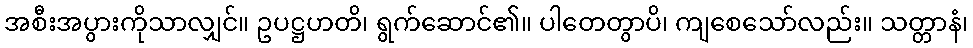
အစီးအပွားကိုသာလျှင်။ ဥပဋ္ဌဟတိ၊ ရွက်ဆောင်၏။ ပါတေတွာပိ၊ ကျစေသော်လည်း။ သတ္တာနံ၊